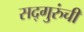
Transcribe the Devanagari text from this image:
सद्‍गुरुंची